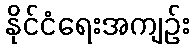
နိုင်ငံရေးအကျဉ်း